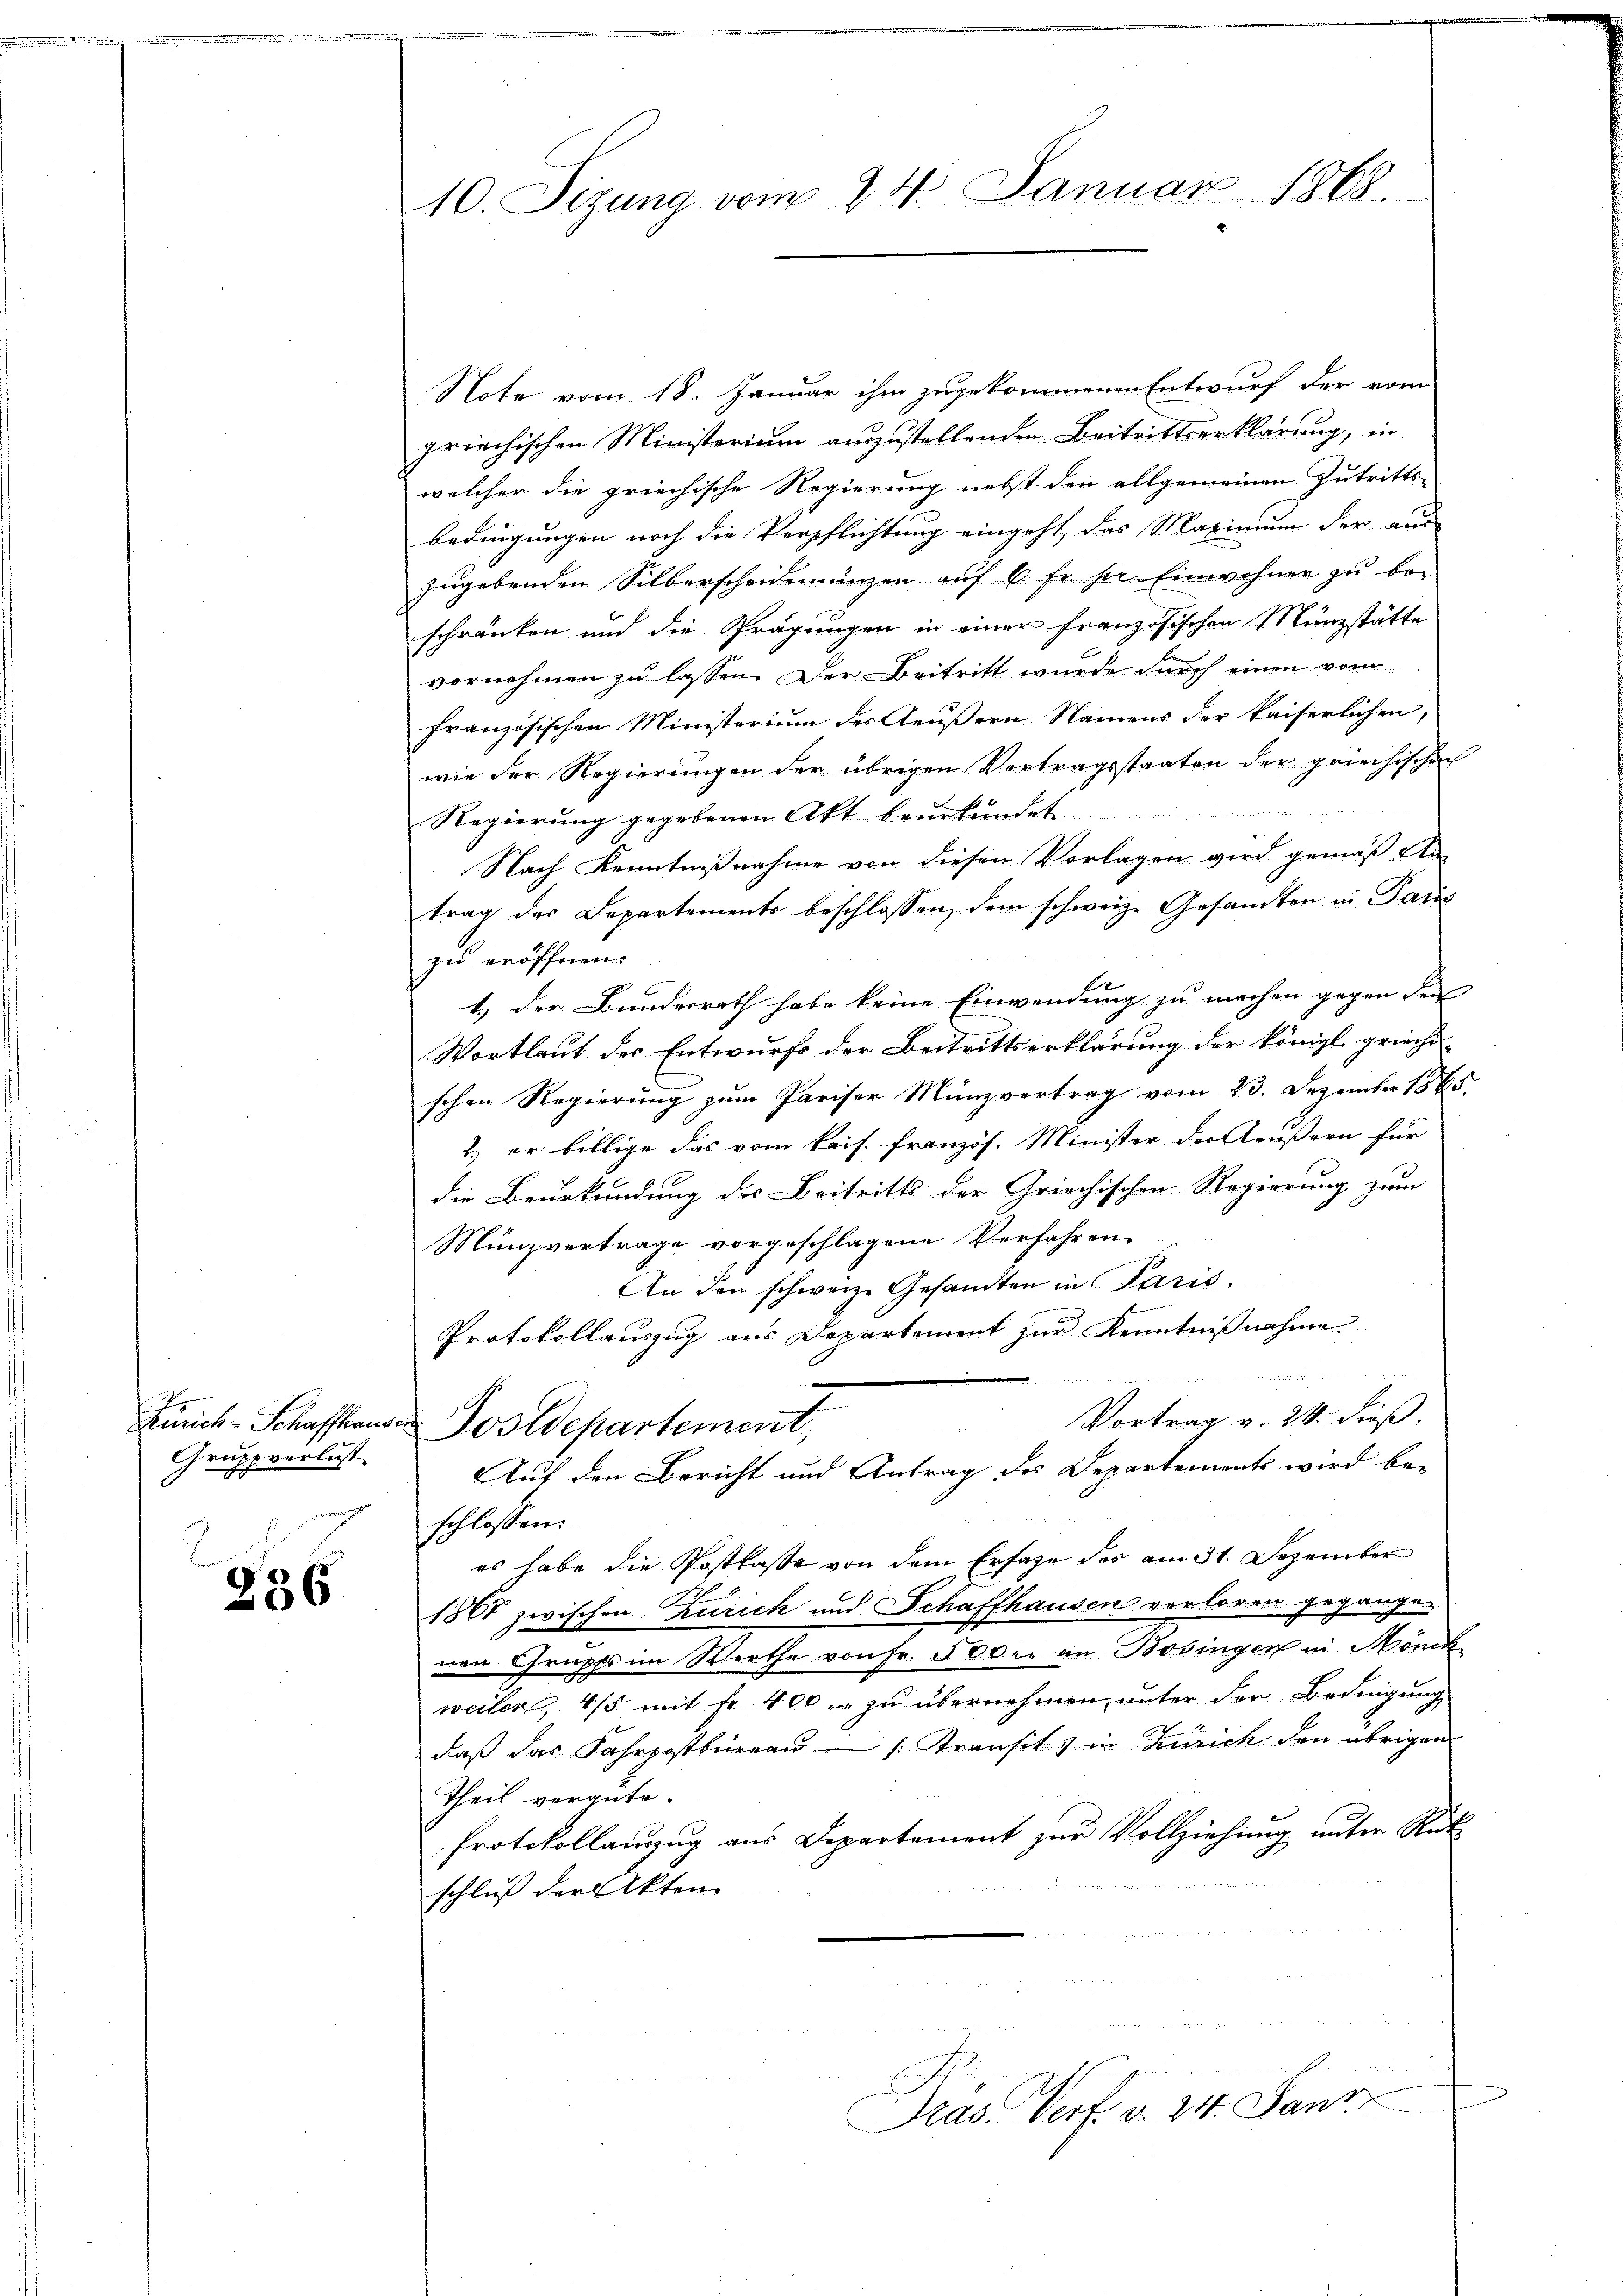
Zürich-Schaffhau
Grupp verlust

236

10. Sizung vom 24. Januar 1868.

Note vom 18. Januar ihm zugekommenen Entwurf der vom
griechischen Ministerium auszustellenden Beitrittserklärung, in
welcher die griechische Regierung nebst den allgemeinen Zutritts-
bedingungen noch die Verpflichtung eingeht, das Maximum der aus
zugebenden Silberscheidemünzen auf 6 fr. zur Einwohner zu be-
schränken und die Prägungen in einer französischen Münzstätte
vornehmen zu lassen. Der Beitritt wurde durch einen vom
französischen Ministerium des Aeußern Namens der kaiserlichen,
wie der Regierungen der übrigen Vertragsstaaten der griechischen

Regierung gegebenen Akt beurkundet
Nach Kenntnißnahme von diesen Vorlagen wird gemäß An
trag des Departements beschlossen, dem schweiz. Gesandten in Paul
zu eröffnen.
1.) Der Bundesrath habe keine Einwendung zu machen gegen den
Wortlaut der Entwurfe der Beitrittserklärung der königl griechi-
schen Regierung zum Pariser Münzvertrag vom 23. Dezember 1885.
2., er billige das vom kais. französ. Minister der Aeußern für
die Beurkundung des Beitritts der Griechischen Regierung zum
Münzvertrage vorgeschlagene Verfahren
An den schweiz. Gesandten in Paris.
Protokollauszug aus Departement zur Kenntnißnahme
d
Vortrag v. 24. dieß.
 Postdepartement,
Auf den Bericht und Antrag des Departements wird be-
schlossen:
es habe die Postlaße von dem Erfage des am 31. Dezember
1867 zwischen Zürich und Schaffhausen verloren gegangen
nen Grupfs im Werthe von Fr. 500 er an Bosingen in Mönch
weiler, 4/5 mit Fr. 400 zu übernehmen unter der Bedingung
daß das Fahrpostbüreau - (Transitz in Zürich den übrigen
Theil vergüte.
Protokollanzug aus Departement zur Vollziehung unter Rüt
schluß der Akten

Pras. Verf. v. 24. Janz